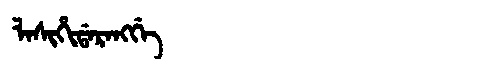
Manchu: ᠯᠠᠰᡳᡥᡳᡩᠠᡵᠠᠩᡤᡝ
Romanization: LASIHIDARANGGE